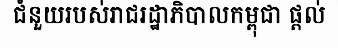
ជំនួយរបស់រាជរដ្ឋាភិបាលកម្ពុជា ផ្តល់